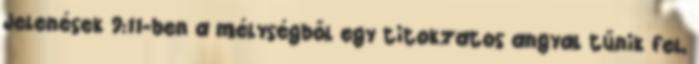
Jelenések 9:11-ben a mélységből egy titokzatos angyal tűnik fel,